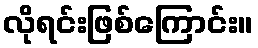
လိုရင်းဖြစ်ကြောင်း။